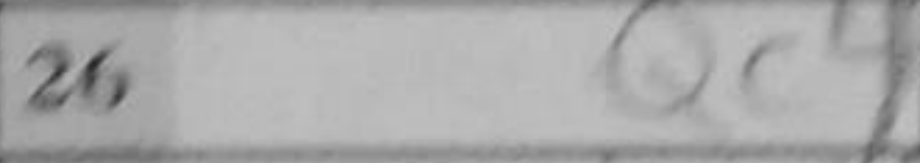
Transcription: Qc4